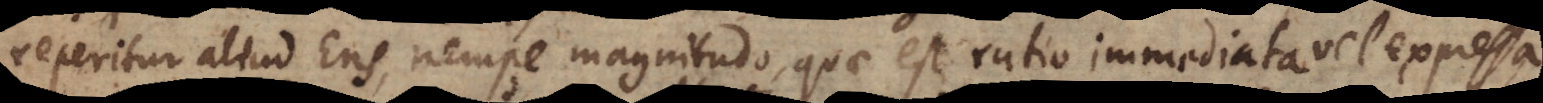
reperitur aliud Ens, nempe magnitudo, quae est ratio immediata